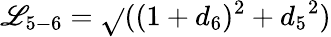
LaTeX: {\mathscr{L}_{5-6}}=\sqrt{}{{((1+{d_{6}})^{2}+{d_{5}}^{2})}}